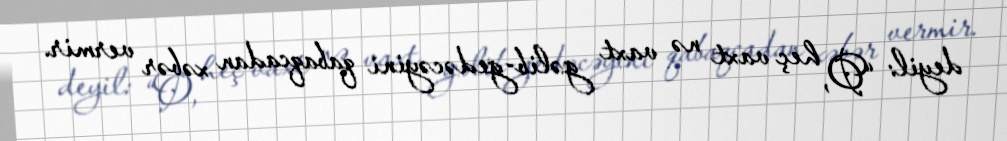
deyil: “O, heç vaxt nə vaxt gəlib-gedəcəyini qabaqcadan xəbər vermir.